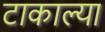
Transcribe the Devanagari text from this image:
टाकाल्या